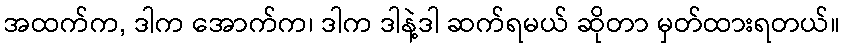
အထက်က, ဒါက အောက်က၊ ဒါက ဒါနဲ့ဒါ ဆက်ရမယ် ဆိုတာ မှတ်ထားရတယ်။